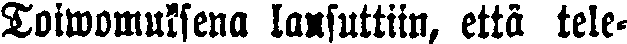
Toiwomuksena lausuttiin, että tele-